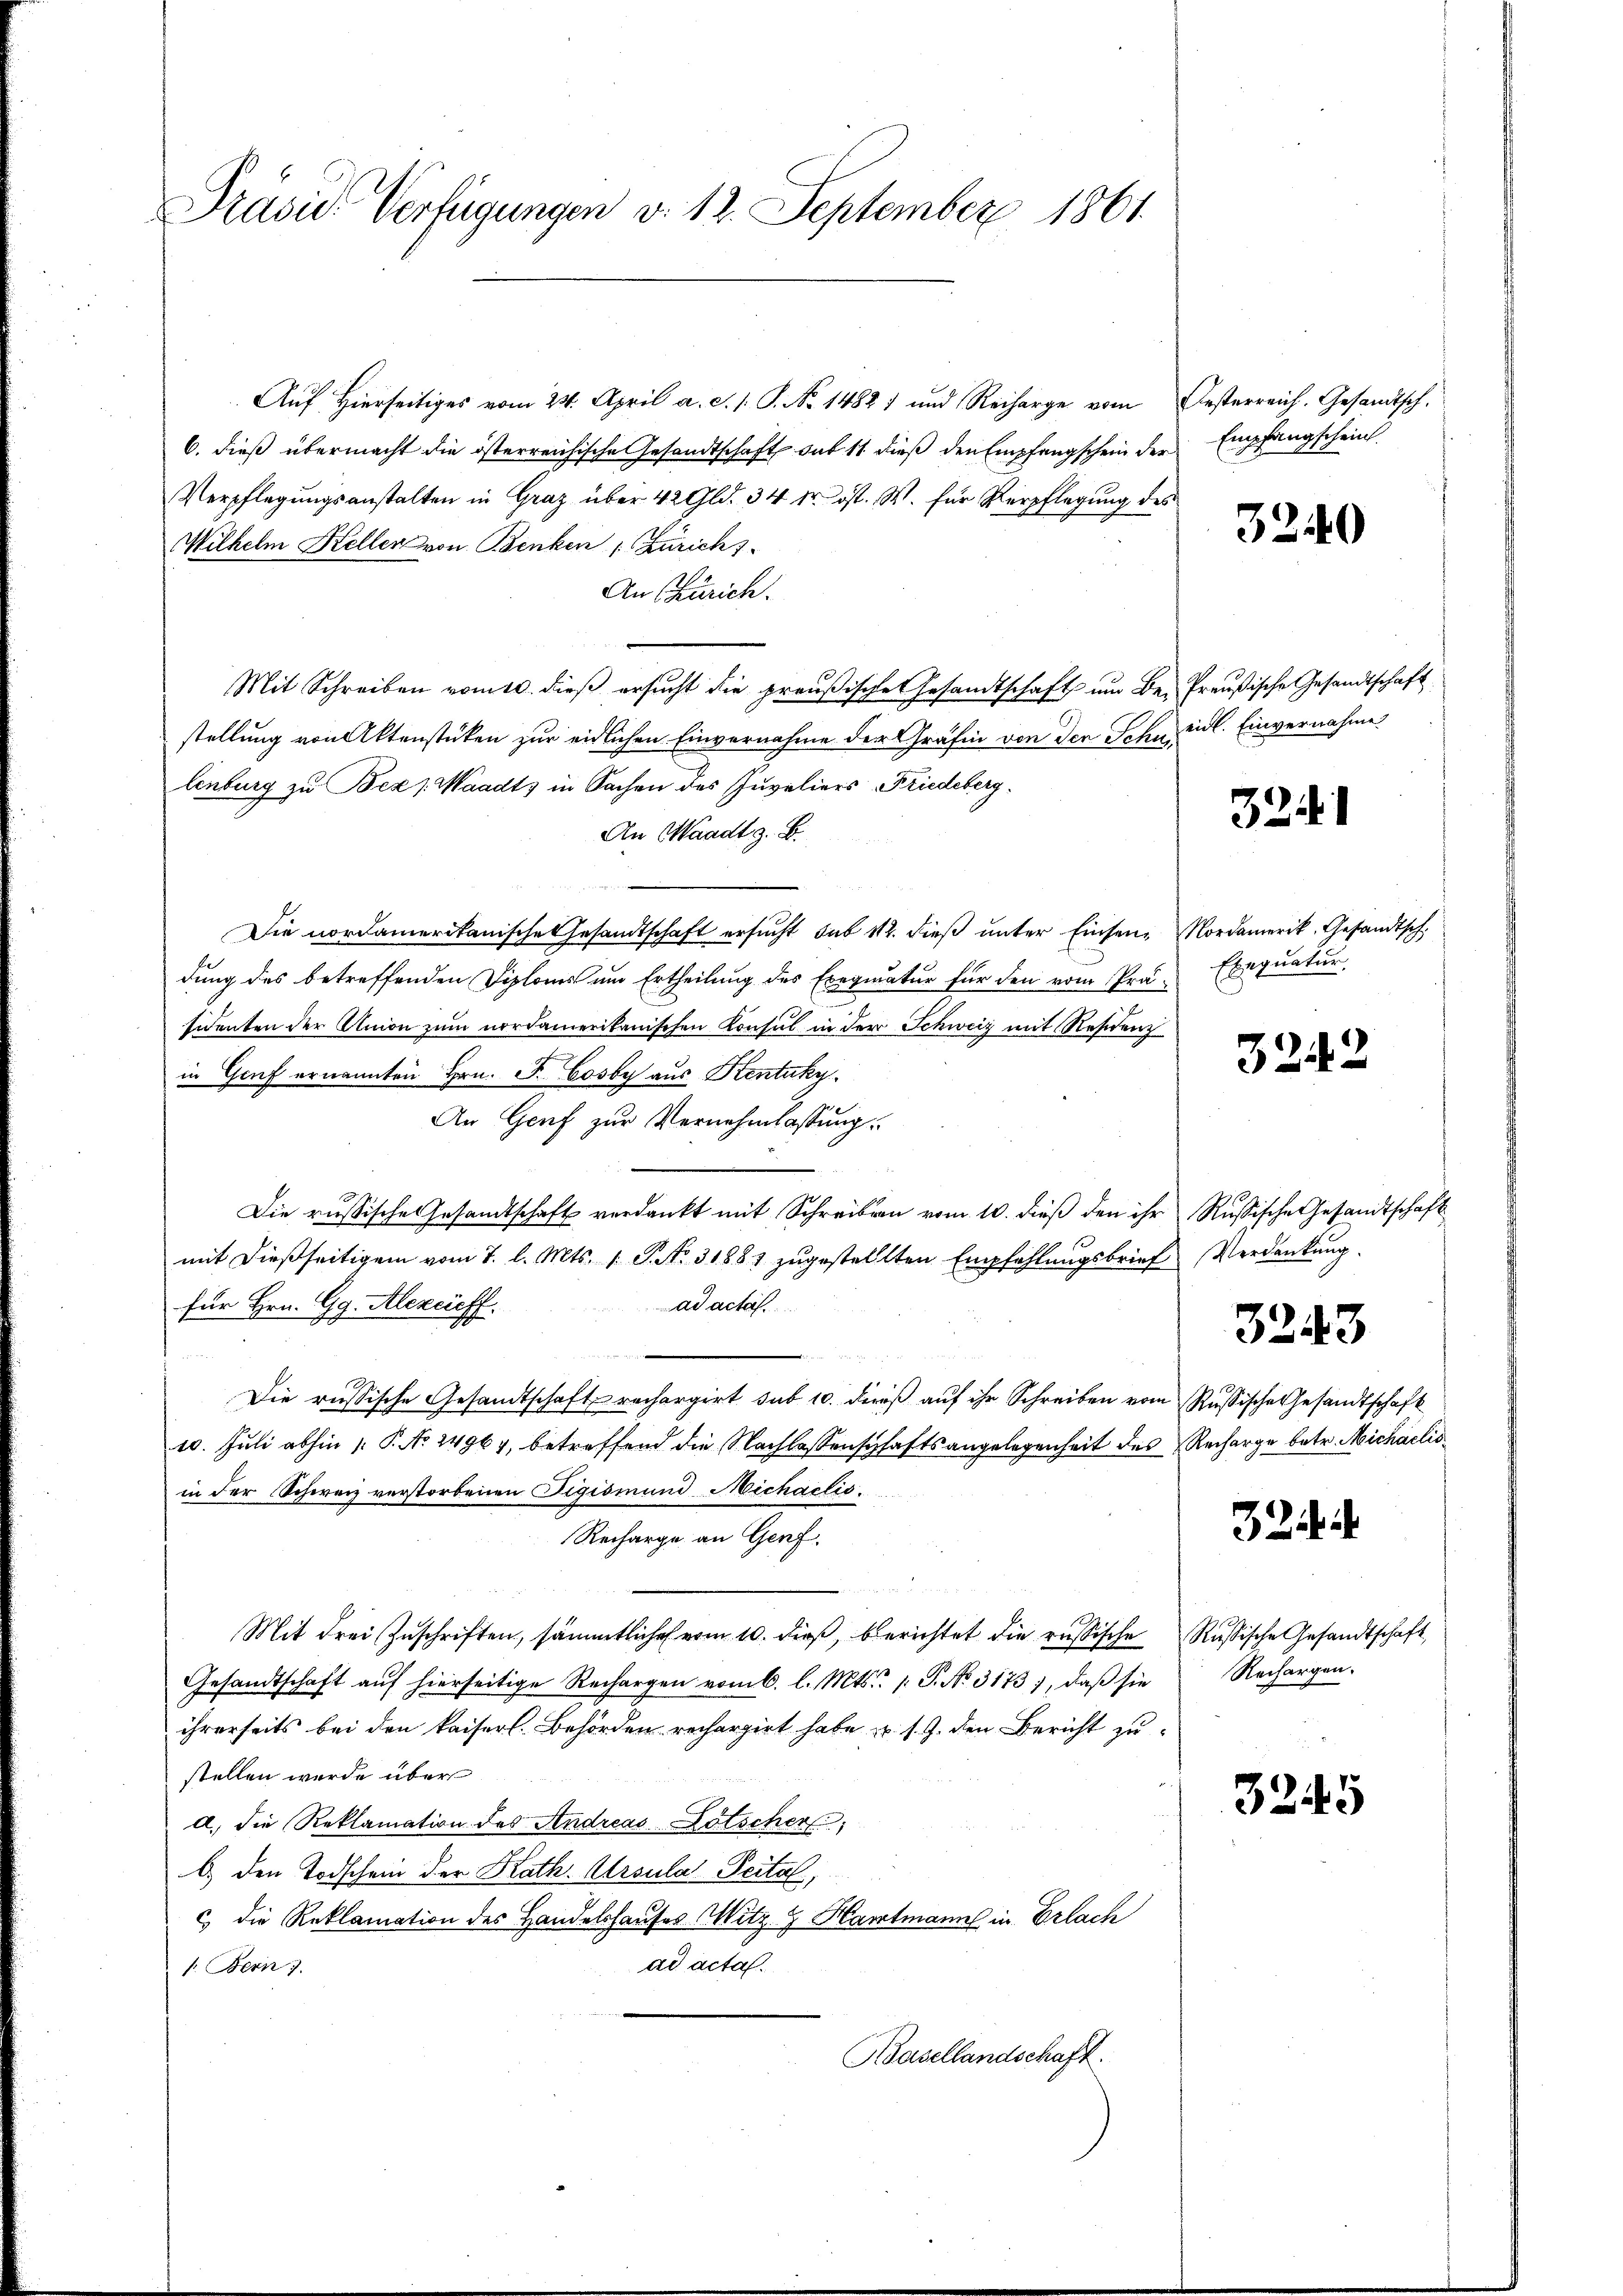
Präsid. Verfügungen d. 12. September 1861.

Auf Hierseitiges vom 24. April a. c. s. S. No. 14827 und Reicharge vom Besterreich. Gesandtsch.
6. dieß übermacht die österreichische Gesandtschaft sub 11 dieß den Empfangschein der
Verpflegungsanstalten in Graz über 42 Gld. 34 fr. ist. W. für Verpflegŭng des
Wilhelm Keller von Benken, Züricht
An Zürich.
Mit Schreiben vom 10. dieβ ersŭcht die preußische Gesandtschaft um Be- Preußische Gesandtschaft
stellung von Aktenstücken zur eidlichen Einvernahme der Gräfin von der Sohn eid. Einvernahme
lenburg zu Bez. Waadts in Sachen des Juvaliers Friedeberg.
An Waadt z. B.

Die nordamerikanische Gesandtschaft ersucht sub 112. dieβ ŭnter Einsen Nordamerik, Gesandtsch,
dung des betreffenden Diploms um Ertheilung des Exequatur für den vom Präsidenten der Union zum nordamerikanischen Konsul in der Schweiz mit Residenz
in Genf ernannten Hrn. F. Bosby aus Kentuky
An Genf zur Vernehmlassung.
Die russische Gesandtschaft verdankt mit Schreiben vom 10. dieß den ihr Russische Gesandtschaft
mit dießseitigem vom 7. l. Mts. 1. P. Nr. 31881 zugestellten Empfehlungsbrief Verdankung.
für Hrn. Gg. Alezeichf
ad actaf
Die russische Gesandtschaft rechargirt sub 10. dieß auf ihr Schreiben vom Russische Gesandtschaft
10. Juli abhin /: P. No. 24964, betreffend die Nachlassenschaftsangelegenheit des Recharge betr. Michaelis
in der Schweiz verstorbenen Sigismund Michaelis¬
Recharge an Genf.
a
Mit drei Zuschriften, sämmtliches vom 10. dieß, berichtet die russische Rußische Gesandtschaft,
Gesandtschaft auf hierseitige Rechargen vom 6. l. Mts. 1. P. No. 3173), daß sie
ihrerseits bei den kaiserl. Behörden rechargirt habe u. s. Z. den Bericht zu
stellen wurde über
a) die Reklamation des Andreas-Lötscher,
b.) den Todschein der Kath. Ursula Peital,
c die Reklamation des Handelshauses Mitz.  Hartmann in Erlach
ad acta.
1. Bern 7.
Basellandschaft.

Empfangschein.

3240

32

Exequatur.

3242

3243

Rechargen.

3245